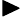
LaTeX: \blacktriangleright